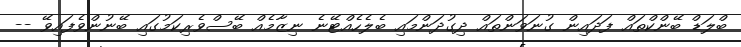
ބްލަޑް ބޭންކްތައް ފަދައިން ގުނަވަންތައް ދިގުދަންމައި ބެލެހެއްޓޭނެ ނިޒާމެއް ބޭސްވެރިކަމުގައި ބޭނުންވެފައިވޭ --